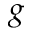
g